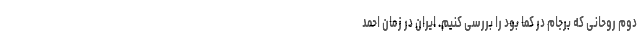
دوم روحانی که برجام در کُما بود را بررسی کنیم. ایران در زمان احمد